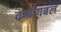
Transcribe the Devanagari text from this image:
कर्षणबल